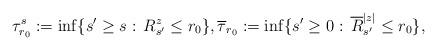
LaTeX: \begin{align*}& \tau^s_{r_0}:=\inf\{s'\geq s:\,R^z_{s'}\leq r_0\},\overline\tau_{r_0}:=\inf\{s'\geq 0:\,\overline{R}^{|z|}_{s'} \leq r_0\},\end{align*}